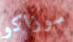
سوزاكو